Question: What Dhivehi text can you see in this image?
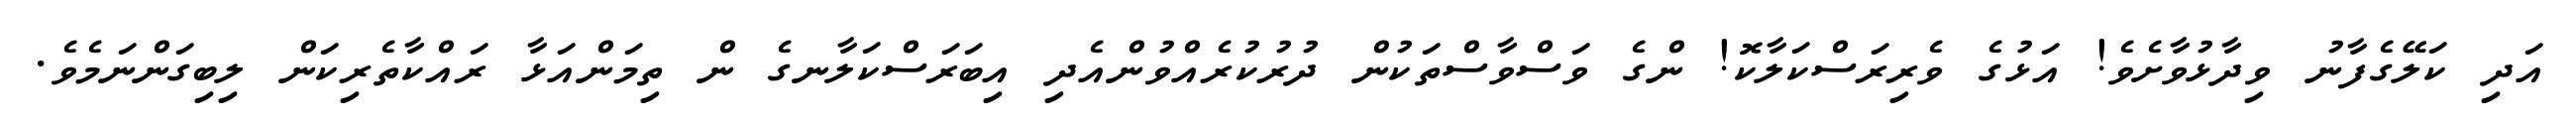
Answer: އަދި ކަލޭގެފާނު ވިދާޅުވާށެވެ! އަޅުގެ ވެރިރަސްކަލާކޮ! ންގެ ވަސްވާސްތަކުން ދުރުކުރެއްވުންއެދި އިބަރަސްކަލާނގެ ން ތިމަންއަޅާ ރައްކާތެރިކަން ލިބިގަންނަމެވެ.